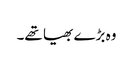
وہ بڑے بھیا تھے۔